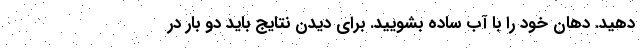
دهید. دهان خود را با آب ساده بشویید. برای دیدن نتایج باید دو بار در